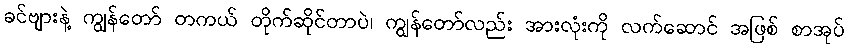
ခင်ဗျားနဲ့ ကျွန်တော် တကယ် တိုက်ဆိုင်တာပဲ၊ ကျွန်တော်လည်း အားလုံးကို လက်ဆောင် အဖြစ် စာအုပ်